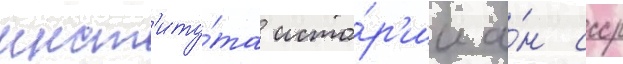
инст'иту́та исто́р'ии а́н ссср